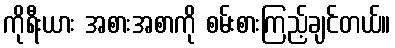
ကိုရီးယား အစားအစာကို စမ်းစားကြည့်ချင်တယ်။